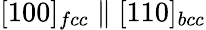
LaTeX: [100]_{fcc}\parallel[110]_{bcc}